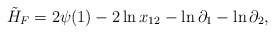
\begin{align*}\tilde H_F = 2 \psi (1) - 2 \ln x_{12} - \ln \partial_1 - \ln\partial_2,\end{align*}